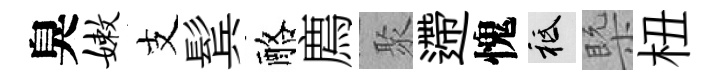
臭嫩支鬂酪廌聚遰愧祇槩杻